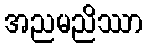
အညမညိဿာ